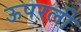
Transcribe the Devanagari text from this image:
ऊपरली